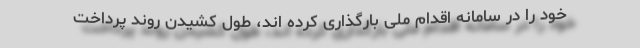
خود را در سامانه اقدام ملی بارگذاری کرده اند، طول کشیدن روند پرداخت